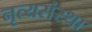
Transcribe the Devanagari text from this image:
नृत्यसंस्था